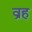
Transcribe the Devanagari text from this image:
व्रह